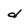
Character: d